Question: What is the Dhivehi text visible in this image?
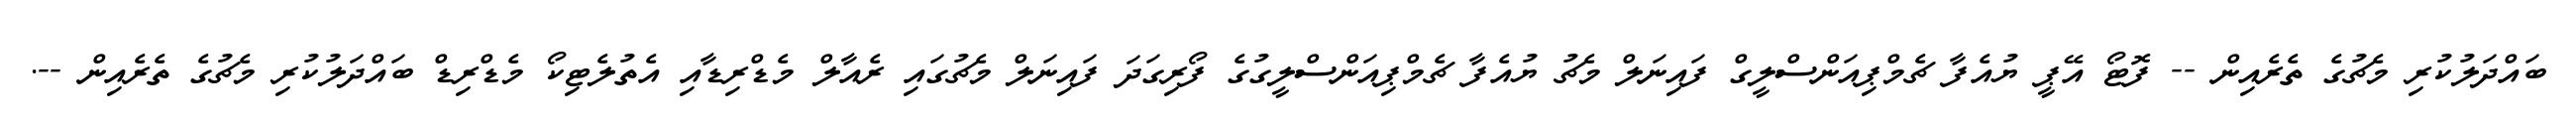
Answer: ބައްދަލުކުރި މެޗުގެ ތެރެއިން -- ފޮޓޯ އޭޕީ ޔުއެފާ ޗެމްޕިއަންސްލީގް ފައިނަލް މެޗު ޔުއެފާ ޗެމްޕިއަންސްލީގުގެ ފޯރިގަދަ ފައިނަލް މެޗުގައި ރެއާލް މެޑްރިޑާއި އެތުލެޓިކޯ މެޑްރިޑް ބައްދަލުކުރި މެޗުގެ ތެރެއިން --.